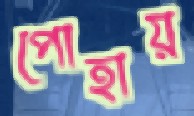
পোহায়